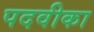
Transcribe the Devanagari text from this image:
पदवीका